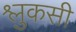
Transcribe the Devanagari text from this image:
श्लुकसी